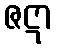
ဇဋာ